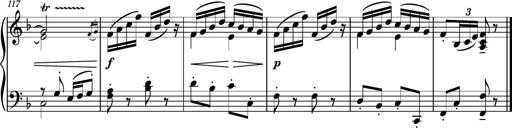
Title: Piano Sonatina II
Composer: Dimitri Sykias
Key: F major